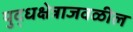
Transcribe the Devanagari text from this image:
युद्धक्षेत्राजवळील